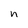
Character: n